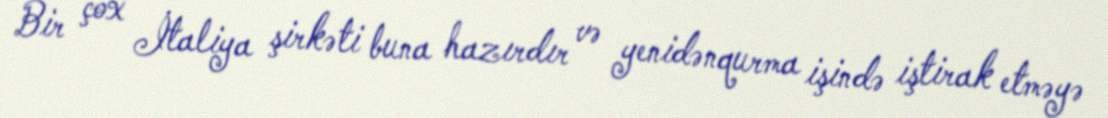
Bir çox İtaliya şirkəti buna hazırdır və yenidənqurma işində iştirak etməyə